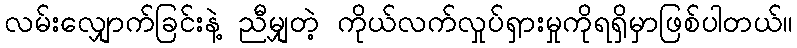
လမ်းလျှောက်ခြင်းနဲ့ ညီမျှတဲ့ ကိုယ်လက်လှုပ်ရှားမှုကိုရရှိမှာဖြစ်ပါတယ်။